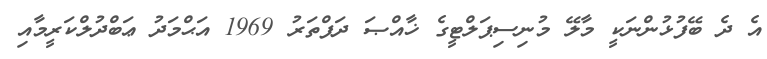
އެ ދެ ބޭފުޅުންނަކީ މާލޭ މުނިސިޕަލްޓީގެ ޚާއްޞަ ދަފްތަރު 1969 އަޙްމަދު ޢަބްދުލްކަރީމާއި